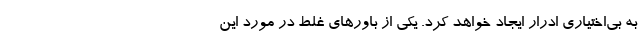
به بی‌اختیاری ادرار ایجاد خواهد کرد. یکی از باور‌های غلط در مورد این